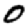
Digit: 0